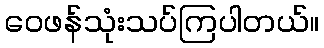
ဝေဖန်သုံးသပ်ကြပါတယ်။